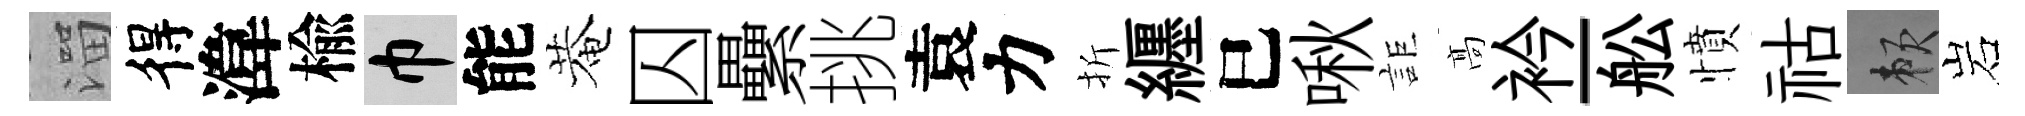
溜得湋楡巾能菴囚纍挑袁力折纒巳啾詎髙衿-舩憤祜賴岩